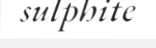
sulphite